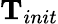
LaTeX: \mathbf{T}_{init}